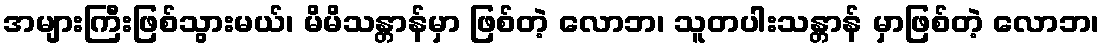
အများကြီးဖြစ်သွားမယ်၊ မိမိသန္တာန်မှာ ဖြစ်တဲ့ လောဘ၊ သူတပါးသန္တာန် မှာဖြစ်တဲ့ လောဘ၊